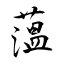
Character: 薀